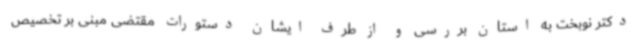
دکتر نوبخت به استان بررسی و از طرف ایشان دستورات مقتضی مبنی بر تخصیص